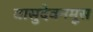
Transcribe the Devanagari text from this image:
वासुदेवनमूस